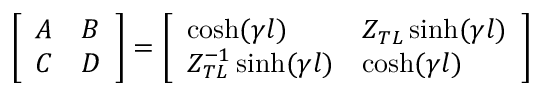
\begin{array} { r } { \left[ \begin{array} { l l } { A } & { B } \\ { C } & { D } \end{array} \right] = \left[ \begin{array} { l l } { \cosh ( \gamma l ) } & { Z _ { T L } \sinh ( \gamma l ) } \\ { Z _ { T L } ^ { - 1 } \sinh ( \gamma l ) } & { \cosh ( \gamma l ) } \end{array} \right] } \end{array}